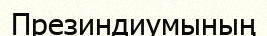
Презиндиумының